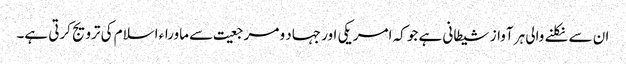
ان سے نکلنے والی ہر آواز شیطانی ہے جو کہ امریکی اور جہاد و مرجعیت سے ماوراء اسلام کی ترویج کرتی ہے۔